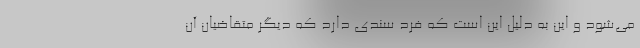
می‌شود و این به دلیل این است که فرد سندی دارد که دیگر متقاضیان آن